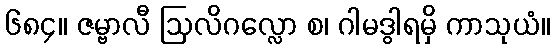
၆၈၄။ ဇမ္ဗာလီ ဩလိဂလ္လော စ၊ ဂါမဒွါရမှိ ကာသုယံ။